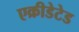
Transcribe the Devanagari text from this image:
एक्रीडेटेड